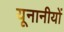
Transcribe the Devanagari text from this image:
यूनानीयों